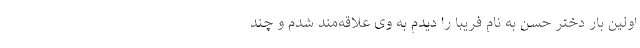
اولین بار دختر حسن به نام فریبا را دیدم به وی علاقه‌مند شدم و چند